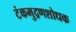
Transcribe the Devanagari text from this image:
टंकमुद्रणशोधक